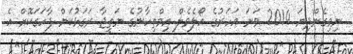
ނިމިގެންދިޔަ 2014 ވަނަ އަހަރުގެ އޯލެވެލް އިމްތިހާނުގެ ނަތީޖާ ރަގަޅުކަން ފާހަގަކޮށް އެ